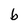
Character: b